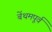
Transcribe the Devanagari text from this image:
बेंथमपूर्व